Report on the working of the Ranchi Indian Mental Hospital, Kanke, in Bihar and Orissa - 1930-1940
Year: 1930
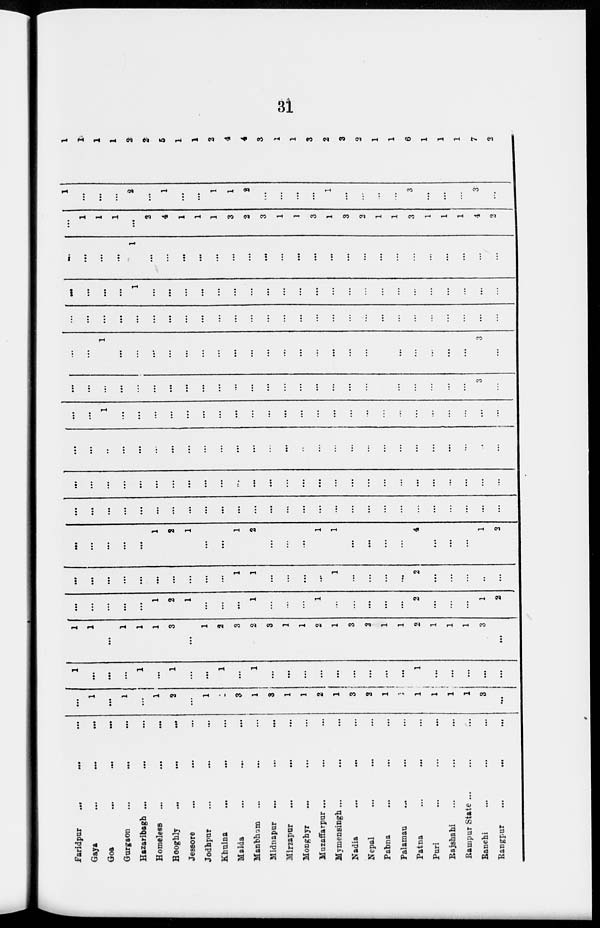
31
Faridpur ... ... ...
Gaya ... ... ...
Goa ... ... ...
Gurgaon ... ... ...
Hazaribagh ... ... ...
Homeless ... ... ...
Hooghly ... ... ...
Jessore ... ... ...
Jodhpur ... ... ...
Khulna ... ... ...
Malda ... ... ...
Manbhum ... ... ...
Midnapur ... ... ...
Mirzapur ... ... ...
Monghyr ... ... ...
Muzaffarpur ... ... ...
Mymensingh ... ... ...
Nadia ... ... ...
Nepal ... ... ...
Pabna ... ... ...
Palamau ... ... ...
Patna ... ... ...
Puri ... ... ...
Rajshahi ... ... ...
Rampur State ... ... ...
Ranchi ... ... ...
Rangpur
...
...
...
...
1
...
1
...
1
2
...
1
1
3
1
3
1
1
2
1
3
2
1
1
1
1
1
1
3
...
1
...
...
...
1
...
1
...
...
1
...
1
...
...
...
...
...
...
...
...
...
1
...
...
...
...
...
1
1
...
1
1
1
3
...
1
2
3
2
3
1
1
2
1
3
2
1
1
2
1
1
1
3
...
...
...
...
...
...
1
2
1
...
...
...
1
...
...
...
1
...
...
...
...
...
2
...
...
...
1
2
...
...
...
...
...
...
...
...
...
...
1
1
...
...
...
...
1
...
...
...
...
2
...
...
...
...
...
...
...
...
...
...
1
2
1
...
...
1
2
...
...
...
1
1
...
...
...
...
4
...
...
...
1
2
...
...
...
...
...
...
...
...
...
...
...
...
...
...
...
...
...
...
...
...
...
...
...
...
...
...
...
...
...
...
...
...
...
...
...
...
...
...
...
...
...
...
...
...
...
...
...
...
...
...
...
...
...
...
...
...
..
...
...
...
...
...
...
...
...
...
...
...
...
...
...
...
...
...
...
...
...
...
...
...
...
...
...
1
...
...
...
...
...
...
...
...
...
...
...
...
...
...
...
...
...
...
...
...
...
...
...
...
...
...
...
...
...
...
...
...
...
...
...
...
...
...
...
...
...
...
...
...
...
...
...
...
...
3
...
...
...
1
...
...
...
...
...
...
...
...
...
...
...
...
...
...
...
...
...
...
...
...
...
...
3
...
...
...
...
...
...
...
...
...
...
...
...
...
...
...
...
...
...
...
...
...
...
...
...
...
...
...
...
...
...
...
...
1
...
...
...
...
...
...
...
...
...
...
...
...
...
...
...
...
...
...
...
...
...
...
...
...
...
...
1
...
...
...
...
...
...
...
...
...
...
...
...
...
...
...
...
...
...
...
...
...
...
...
1
1
1
...
2
4
1
1
1
3
2
3
1
1
3
1
3
2
1
1
3
1
1
1
4
2
1
...
...
...
2
...
1
...
...
1
1
2
...
...
...
...
1
...
...
...
...
3
...
...
...
3
...
1
1
1
1
2
2
5
1
1
2
4
4
3
1
1
3
2
3
2
1
1
6
1
1
1
7
2